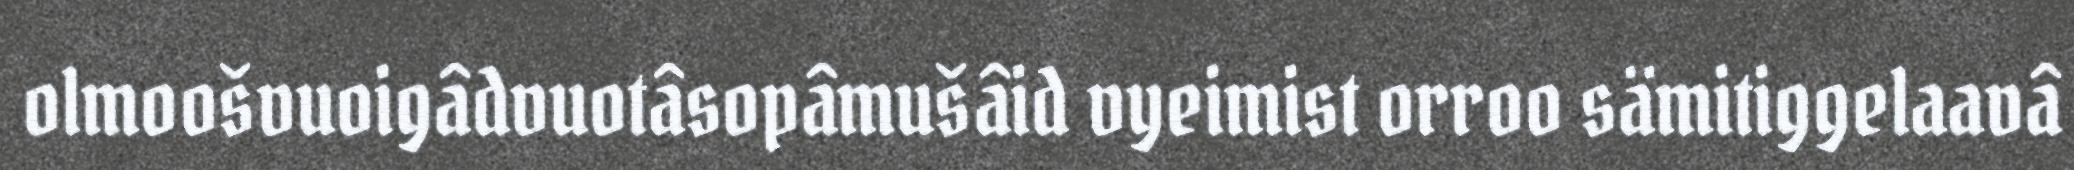
olmoošvuoigâdvuotâsopâmušâid vyeimist orroo sämitiggelaavâ